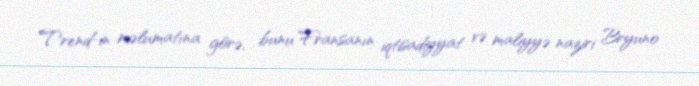
Trend-in məlumatına görə, bunu Fransanın iqtisadiyyat və maliyyə naziri Bryuno